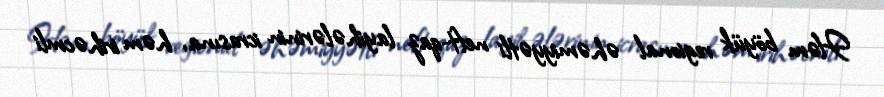
Həm böyük regional əhəmiyyətli neft-qaz layihələrinin icrasına, həm irihəcmli